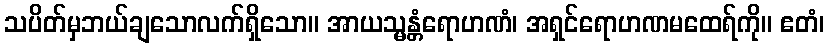
သပိတ်မှဘယ်ချသောလက်ရှိသော။ အာယသ္မန္တံရောဟဏံ၊ အရှင်ရောဟဏမထေရ်ကို။ ဧတံ၊